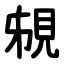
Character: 䙻